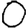
Digit: 0